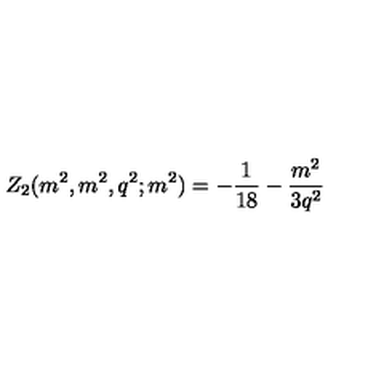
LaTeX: Z _ { 2 } ( m ^ { 2 } , m ^ { 2 } , q ^ { 2 } ; m ^ { 2 } ) = - \frac { 1 } { 1 8 } - \frac { m ^ { 2 } } { 3 q ^ { 2 } }